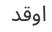
اوقد